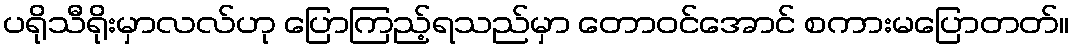
ပရိုသီရိုးမှာလလ်ဟု ပြောကြည့်ရသည်မှာ တောဝင်အောင် စကားမပြောတတ်။